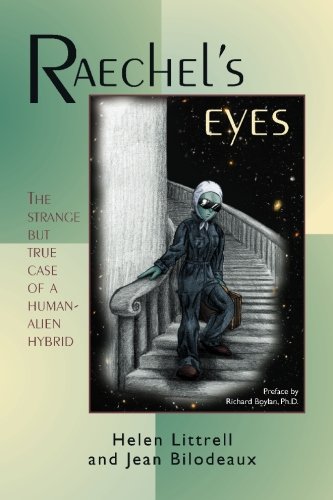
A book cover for Raechels Eyes: The Strange But True Case of a Human-Alien Hybrid; Helen Littrell; Science & Math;